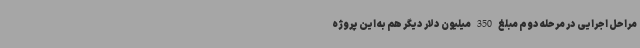
مراحل اجرایی در مرحله دوم مبلغ 350 میلیون دلار دیگر هم به این پروژه